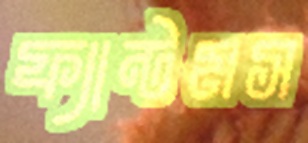
ফ্যান্টমস